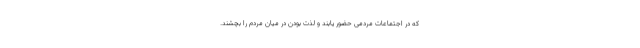
که در اجتماعات مردمی حضور یابند و لذت بودن در میان مردم را بچشند.